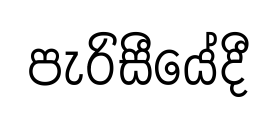
පැරිසීයේදී